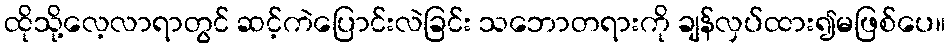
ထိုသို့လေ့လာရာတွင် ဆင့်ကဲပြောင်းလဲခြင်း သဘောတရားကို ချန်လှပ်ထား၍မဖြစ်ပေ။